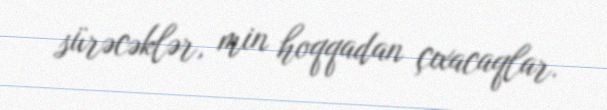
sürəcəklər, min hoqqadan çıxacaqlar.